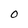
Character: O